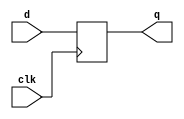
module d_flop(d, clk, q);
  //     
  input [31:0] d;
  //  
  input clk;

  //  
  output reg [31:0] q;

  //   
  initial begin
    q <= 32'b0;
  end

  //     
  always @ (posedge clk)
    q <= d;
endmodule